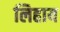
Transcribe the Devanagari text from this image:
लिहाय